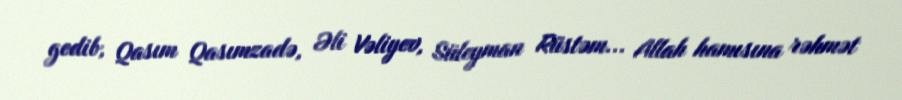
gedib, Qasım Qasımzadə, Əli Vəliyev, Süleyman Rüstəm... Allah hamısına rəhmət